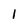
Character: 1